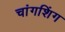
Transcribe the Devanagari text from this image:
चांगशिंग